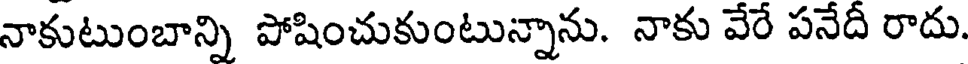
నాకుటుంబాన్ని పోషించుకుంటున్నాను. నాకు వేరే పనేదీ రాదు.